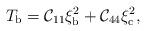
LaTeX: \begin{align*}T_{\rm b} = {\cal C}_{11}\xi_{\rm b}^2+{\cal C}_{44}\xi_{\rm c}^2 ,\end{align*}